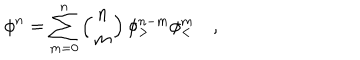
\phi ^ { n } = \sum _ { m = 0 } ^ { n } \left( { n \atop m } \right) \phi _ { > } ^ { n - m } \phi _ { < } ^ { m } \quad ,